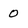
Character: 0